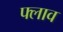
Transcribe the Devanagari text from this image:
फ्लाव